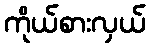
ကိုယ်စားလှယ်